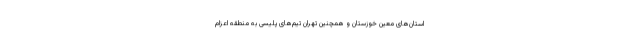
استان‌های معین خوزستان و همچنین تهران تیم‌های پلیسی به منطقه اعزام